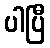
ပါပြီ